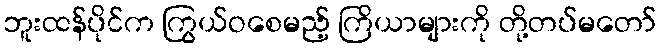
ဘူးထန်ပိုင်က ကြွယ်ဝစေမည့် ကြိယာများကို တို့တပ်မတော်